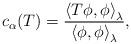
LaTeX: \begin{align*}c_\alpha(T) = \frac{\left<T\phi,\phi\right>_\lambda}{\left<\phi,\phi\right>_\lambda},\end{align*}